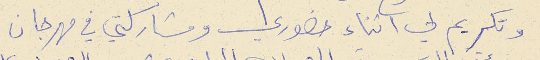
وتكريم لي اثناء حضوري ومشاركتي في مهرجان